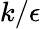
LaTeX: k/\epsilon